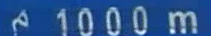
1000m